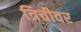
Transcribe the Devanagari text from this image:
त्रिचीवर